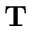
\mathbf { T }